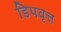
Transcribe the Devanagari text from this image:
डिपवृत्त